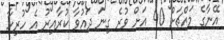
އޭނާގެ މައްޗަށް 40 އަށް ވުރެ ގިނަ ދައުވާ ކުރާއިރު އެ ހުރިހާ